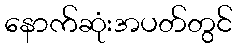
နောက်ဆုံးအပတ်တွင်